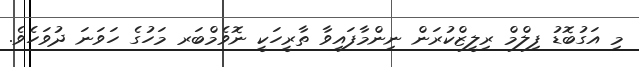
މި އަގުބޮޑު ފިލްމް ރިލީޒްކުރަން ނިންމާފައިވާ ތާރީހަކީ ނޮވެމްބަރ މަހުގެ ހަވަނަ ދުވަހެވެ.